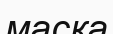
маска